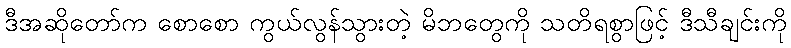
ဒီအဆိုတော်က စောစော ကွယ်လွန်သွားတဲ့ မိဘတွေကို သတိရစွာဖြင့် ဒီသီချင်းကို